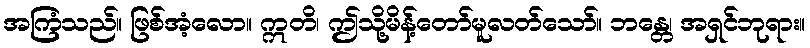
အကြံသည်။ ဖြစ်အံ့လော။ ဣတိ၊ ဤသို့မိန့်တော်မူလတ်သော်။ ဘန္တေ၊ အရှင်ဘုရား။